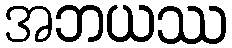
အဘယဿ